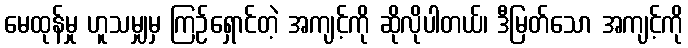
မေထုန်မှု ဟူသမျှမှ ကြဉ်ရှောင်တဲ့ အကျင့်ကို ဆိုလိုပါတယ်၊ ဒီမြတ်သော အကျင့်ကို